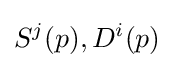
S^{j}(p),D^{i}(p)